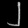
Digit: ၂